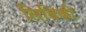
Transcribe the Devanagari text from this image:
लिबिकी